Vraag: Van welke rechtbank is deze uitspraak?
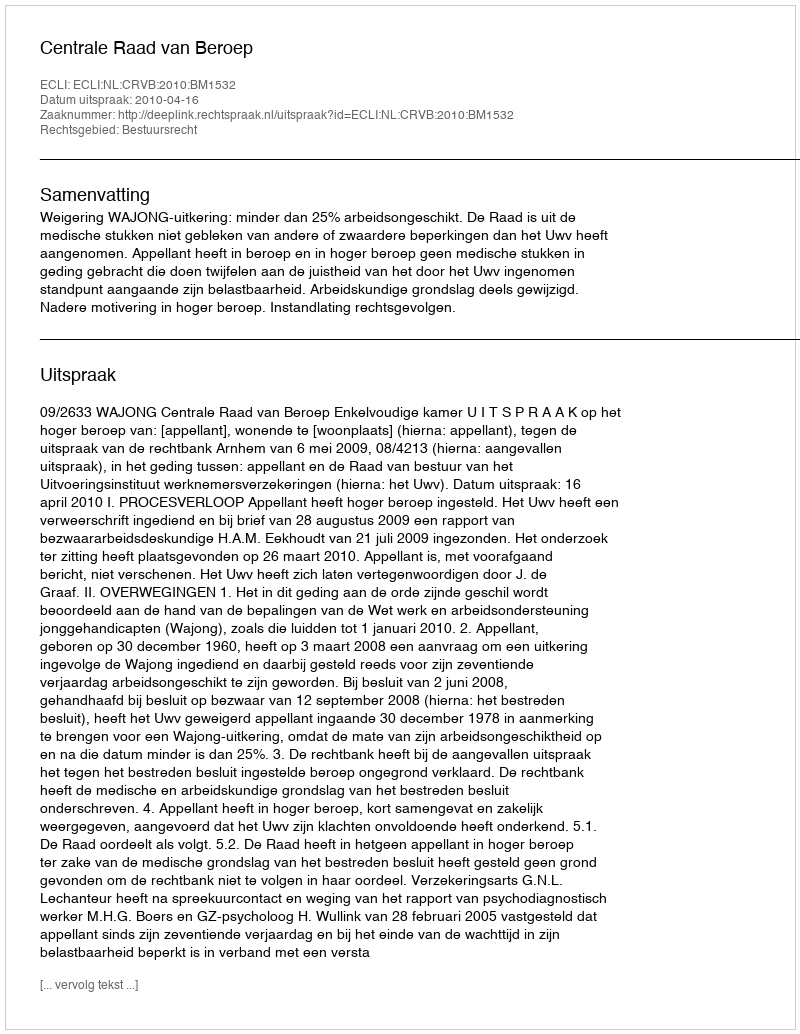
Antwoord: Centrale Raad van Beroep